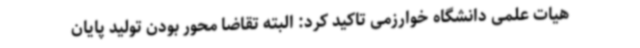
هیات علمی دانشگاه خوارزمی تاکید کرد: البته تقاضا محور بودن تولید پایان